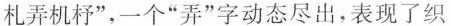
札弄机杼”，一个“弄”字动态尽出，表现了织